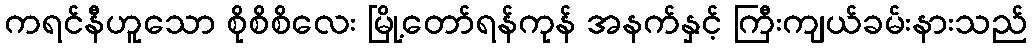
ကရင်နီဟူသော စိုစိစိလေး မြို့တော်ရန်ကုန် အနက်နှင့် ကြီးကျယ်ခမ်းနားသည်